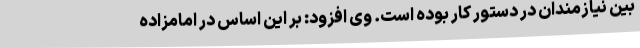
بین نیازمندان در دستور کار بوده است. وی افزود: بر این اساس در امامزاده